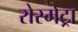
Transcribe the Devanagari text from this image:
रोस्मेट्रा